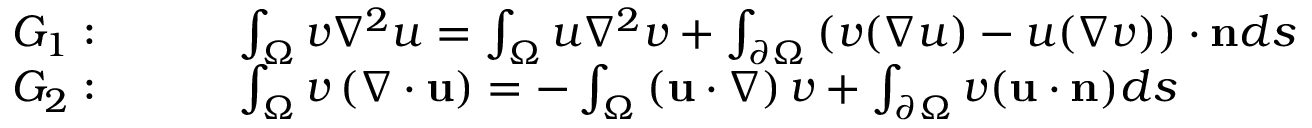
\begin{array} { r l } { G _ { 1 } : } & { { } \quad \quad \int _ { \Omega } v \nabla ^ { 2 } u = \int _ { \Omega } u \nabla ^ { 2 } v + \int _ { \partial \Omega } \left( v ( \nabla u ) - u ( \nabla v ) \right) \cdot \mathbf { n } d s \ } \\ { G _ { 2 } : } & { { } \quad \quad \int _ { \Omega } v \left( \nabla \cdot \mathbf { u } \right) = - \int _ { \Omega } \left( \mathbf { u } \cdot \nabla \right) v + \int _ { \partial \Omega } v ( \mathbf { u } \cdot \mathbf { n } ) d s } \end{array}